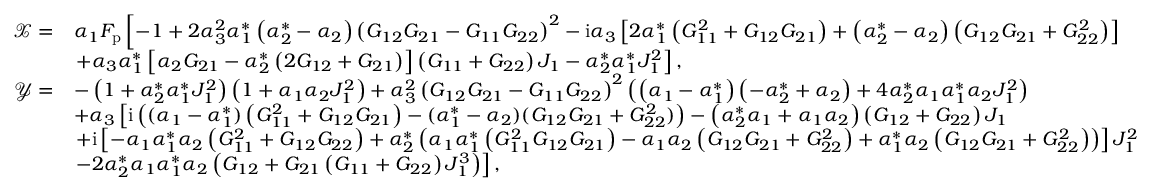
\begin{array} { r l } { \mathcal { X } = } & { \alpha _ { 1 } F _ { \mathrm { p } } \left[ - 1 + 2 \alpha _ { 3 } ^ { 2 } \alpha _ { 1 } ^ { * } \left( \alpha _ { 2 } ^ { * } - \alpha _ { 2 } \right) \left( G _ { 1 2 } G _ { 2 1 } - G _ { 1 1 } G _ { 2 2 } \right) ^ { 2 } - \mathrm { i } \alpha _ { 3 } \left[ 2 \alpha _ { 1 } ^ { * } \left( G _ { 1 1 } ^ { 2 } + G _ { 1 2 } G _ { 2 1 } \right) + \left( \alpha _ { 2 } ^ { * } - \alpha _ { 2 } \right) \left( G _ { 1 2 } G _ { 2 1 } + G _ { 2 2 } ^ { 2 } \right) \right] \right. } \\ & { \left. + \alpha _ { 3 } \alpha _ { 1 } ^ { * } \left[ \alpha _ { 2 } G _ { 2 1 } - \alpha _ { 2 } ^ { * } \left( 2 G _ { 1 2 } + G _ { 2 1 } \right) \right] \left( G _ { 1 1 } + G _ { 2 2 } \right) J _ { 1 } - \alpha _ { 2 } ^ { * } \alpha _ { 1 } ^ { * } J _ { 1 } ^ { 2 } \right] , } \\ { \mathcal { Y } = } & { - \left( 1 + \alpha _ { 2 } ^ { * } \alpha _ { 1 } ^ { * } J _ { 1 } ^ { 2 } \right) \left( 1 + \alpha _ { 1 } \alpha _ { 2 } J _ { 1 } ^ { 2 } \right) + \alpha _ { 3 } ^ { 2 } \left( G _ { 1 2 } G _ { 2 1 } - G _ { 1 1 } G _ { 2 2 } \right) ^ { 2 } \left( \left( \alpha _ { 1 } - \alpha _ { 1 } ^ { * } \right) \left( - \alpha _ { 2 } ^ { * } + \alpha _ { 2 } \right) + 4 \alpha _ { 2 } ^ { * } \alpha _ { 1 } \alpha _ { 1 } ^ { * } \alpha _ { 2 } J _ { 1 } ^ { 2 } \right) } \\ & { + \alpha _ { 3 } \left[ \mathrm { i } \left( ( \alpha _ { 1 } - \alpha _ { 1 } ^ { * } ) \left( G _ { 1 1 } ^ { 2 } + G _ { 1 2 } G _ { 2 1 } \right) - ( \alpha _ { 1 } ^ { * } - \alpha _ { 2 } ) ( G _ { 1 2 } G _ { 2 1 } + G _ { 2 2 } ^ { 2 } ) \right) - \left( \alpha _ { 2 } ^ { * } \alpha _ { 1 } + \alpha _ { 1 } \alpha _ { 2 } \right) \left( G _ { 1 2 } + G _ { 2 2 } \right) J _ { 1 } \right. } \\ & { \left. + \mathrm { i } \left[ - \alpha _ { 1 } \alpha _ { 1 } ^ { * } \alpha _ { 2 } \left( G _ { 1 1 } ^ { 2 } + G _ { 1 2 } G _ { 2 2 } \right) + \alpha _ { 2 } ^ { * } \left( \alpha _ { 1 } \alpha _ { 1 } ^ { * } \left( G _ { 1 1 } ^ { 2 } G _ { 1 2 } G _ { 2 1 } \right) - \alpha _ { 1 } \alpha _ { 2 } \left( G _ { 1 2 } G _ { 2 1 } + G _ { 2 2 } ^ { 2 } \right) + \alpha _ { 1 } ^ { * } \alpha _ { 2 } \left( G _ { 1 2 } G _ { 2 1 } + G _ { 2 2 } ^ { 2 } \right) \right) \right] J _ { 1 } ^ { 2 } \right. } \\ & { \left. - 2 \alpha _ { 2 } ^ { * } \alpha _ { 1 } \alpha _ { 1 } ^ { * } \alpha _ { 2 } \left( G _ { 1 2 } + G _ { 2 1 } \left( G _ { 1 1 } + G _ { 2 2 } \right) J _ { 1 } ^ { 3 } \right) \right] , } \end{array}